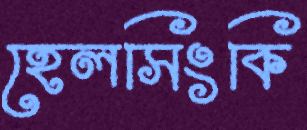
হেলসিংকি